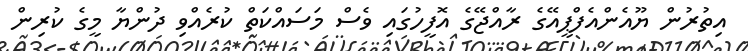
އިތުރުން ޔޫއެންއެފްޕީއޭގެ ރާއްޖޭގެ އޮފީހުގައި ވެސް މަސައްކަތް ކުރެއްވި ދުންޔާ މީގެ ކުރިން